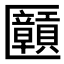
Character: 𫧝